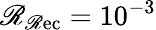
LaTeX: \mathscr{R}_{\mathrm{{\mathscr{R}ec}}}=10^{-3}